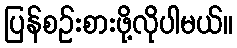
ပြန်စဉ်းစားဖို့လိုပါမယ်။